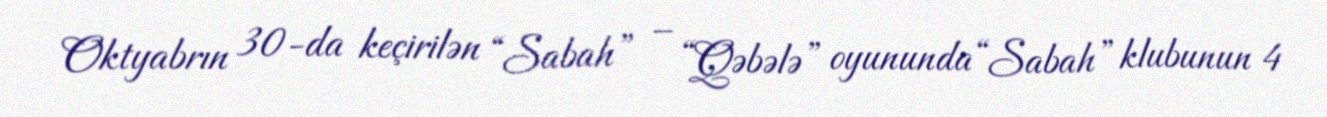
Oktyabrın 30-da keçirilən “Sabah” – “Qəbələ” oyununda “Sabah” klubunun 4